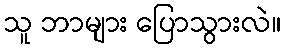
သူ ဘာများ ပြောသွားလဲ။